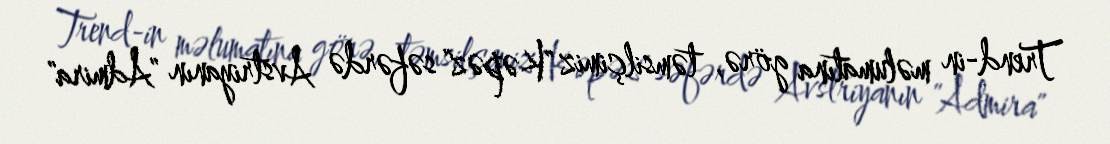
Trend-in məlumatına görə, təmsilçimiz "Kəpəz" səfərdə Avstriyanın "Admira"